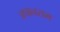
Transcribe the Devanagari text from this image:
जपानसम